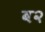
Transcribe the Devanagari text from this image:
ब२